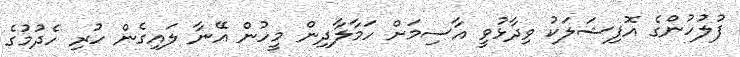
ފުލުހުންގެ އޮފިޝަލަކު ވިދާޅުވީ އާސިމަށް ހަމާލާދިން މީހުން އޭނާ ލައިގެން ހުރި ހެދުމުގެ